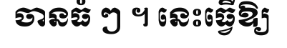
ចានធំ ៗ ។ នេះធ្វើឱ្យ